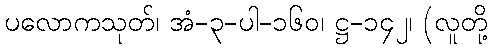
ပလောကသုတ်၊ အံ-၃-ပါ-၁၆၀၊ ဋ္ဌ-၁၄၂၊ (လူတို့